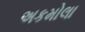
અકમોલા